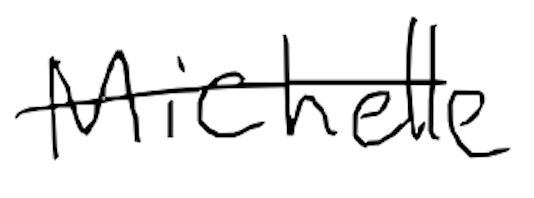
Text: Michelle
Cross-out: single-line
Writing tool: digital_black